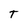
Character: T